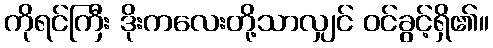
ကိုရင်ကြီး ဒိုးကလေးတို့သာလျှင် ဝင်ခွင့်ရှိ၏။